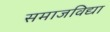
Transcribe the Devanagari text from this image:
समाजविद्या